Government Evacuation Scheme: Educational provision, 1939
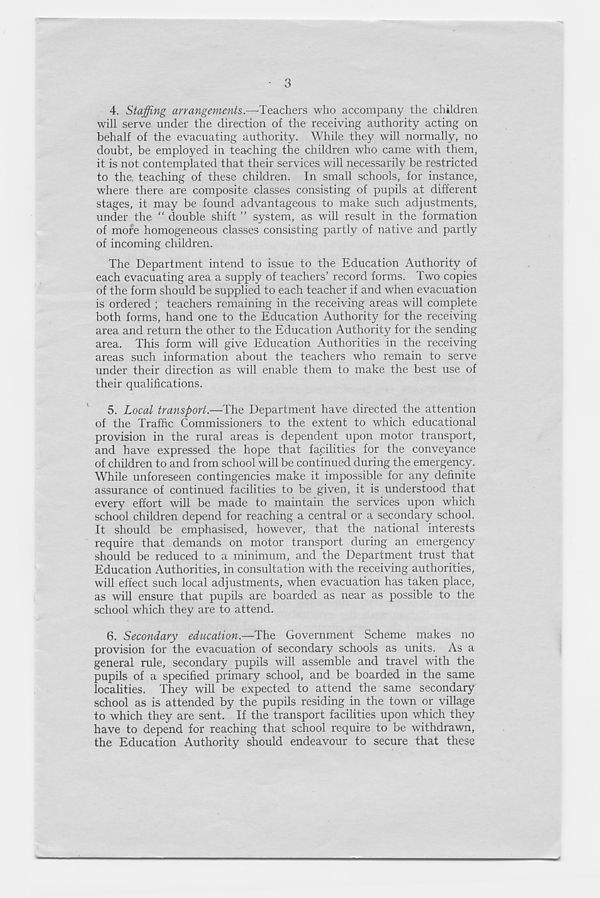
3
4. Staffing arrangements.—Teachers who accompany the children
will serve under the direction of the receiving authority acting on
behalf of the evacuating authority. While they will normally, no
doubt, be employed in teaching the children who came with them,
it is not contemplated that their services will necessarily be restricted
to the, teaching of these children. In small schools, for instance,
where there are composite classes consisting of pupils at different
stages, it may be found advantageous to make such adjustments,
under the “ double shift ” system, as will result in the formation
of more homogeneous classes consisting partly of native and partly
of incoming children.
The Department intend to issue to the Education Authority of
each evacuating area a supply of teachers’ record forms. Two copies
of the form should be supplied to each teacher if and when evacuation
is ordered ; teachers remaining in the receiving areas will complete
both forms, hand one to the Education Authority for the receiving
area and return the other to the Education Authority for the sending
area. This form will give Education Authorities in the receiving
areas such information about the teachers who remain to serve
under their direction as will enable them to make the best use of
their qualifications.
5. Local transport.—The Department have directed the attention
of the Traffic Commissioners to the extent to which educational
provision in the rural areas is dependent upon motor transport,
and have expressed the hope that facilities for the conveyance
of children to and from school will be continued during the emergency.
While unforeseen contingencies make it impossible for any definite
assurance of continued facilities to be given, it is understood that
every effort will be made to maintain the services upon which
school children depend for reaching a central or a secondary school.
It should be emphasised, however, that the national interests
require that demands on motor transport during an emergency
should be reduced to a minimum, and the Department trust that
Education Authorities, in consultation with the receiving authorities,
will effect such local adjustments, when evacuation has taken place,
as will ensure that pupils are boarded as near as possible to the
school which they are to attend.
6. Secondary education.—The Government Scheme makes no
provision for the evacuation of secondary schools as units. As a
general rule, secondary pupils will assemble and travel with the
pupils of a specified primary school, and be boarded in the same
localities. They will be expected to attend the same secondary
school as is attended by the pupils residing in the town or village
to which they are sent. If the transport facilities upon which they
have to depend for reaching that school require to be withdrawn,
the Education Authority should endeavour to secure that these